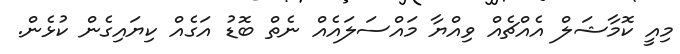
މިއީ ކޮމާޝަލް އެއްޗެއް ވިއްޔާ މައްސަލައެއް ނެތް ބޮޑު އަގެއް ކިޔައިގެން ކުޅެން.